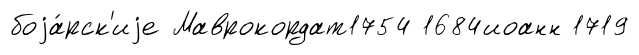
боjа́рск'иjе Маврокордат1754 1684иоанн 1719